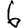
Digit: 6